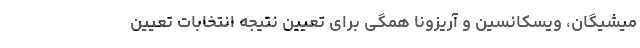
میشیگان، ویسکانسین و آریزونا همگی برای تعیین نتیجه انتخابات تعیین